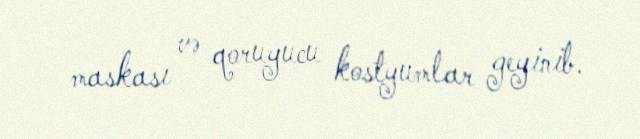
maskası və qoruyucu kostyumlar geyinib.